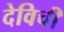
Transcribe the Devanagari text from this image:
देविची